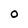
Character: O